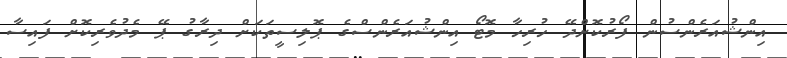
އިންޝުއަރެންސުން ފޯރުކޮށްދޭ ހުރިހާ މޮޓޯ އިންޝުއަރެންސްގެ ޕޮލިސީތަކަށް ދިރާގު ޕޭ މެދުވެރިކޮށް ފައިސާ